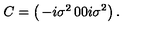
C = \left( \begin{matrix} { - i \sigma ^ { 2 } } & { 0 } \\ { 0 } & { i \sigma ^ { 2 } } \\ \end{matrix} \right) .